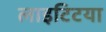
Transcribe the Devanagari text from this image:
लाइटिटया